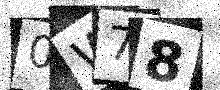
Text: 0W78